Burma Government Medical School reports 1923-41
Year: 1923
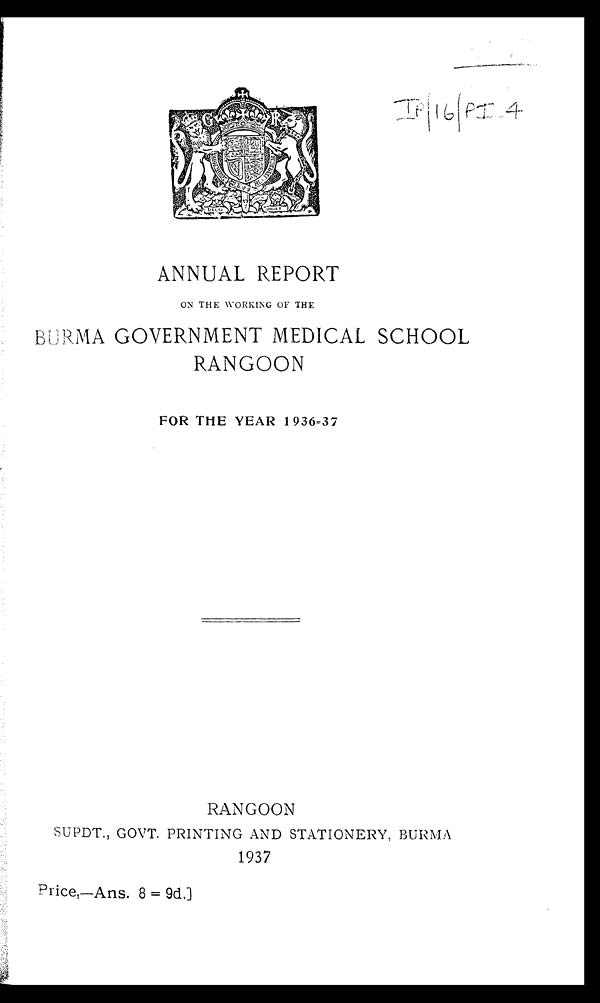
I P / 1 6 / P I . 4
ANNUAL REPORT
ON THE WORKING OF THE
BURMA GOVERNMENT MEDICAL SCHOOL
RANGOON
FOR THE YEAR 1936=37
RANGOON
SUPDT., GOVT. PRINTING AND STATIONERY, BURMA
1937
Price,—Ans. 8 = 9d,]